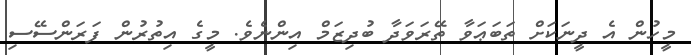
މީހުން އެ ދީނަކަށް ތަބަޢަވާ ތޭރަވަދާ ބުދިޒަމް އިންނެވެ. މީގެ އިތުރުން ފަރަންސޭސި